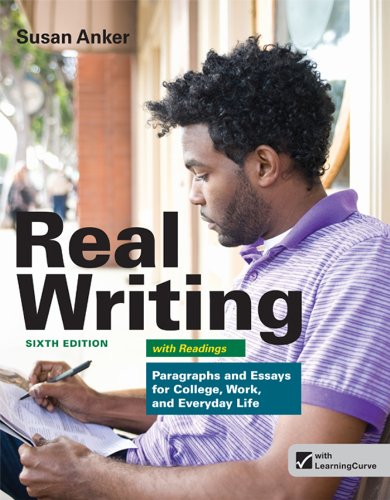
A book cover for Real Writing with Readings: Paragraphs and Essays for College, Work, and Everyday Life; Susan Anker; Literature & Fiction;